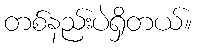
တစ်နည်းပဲရှိတယ်။